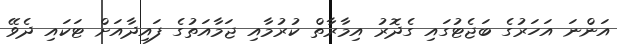
އަންނަ އަހަރުގެ ބަޖެޓުގައި ގެދޮރު އިމާރާތް ކުރުމާއި ޖަމާއަތުގެ ފައިދާއަށް ޓަކައި ދެވޭ